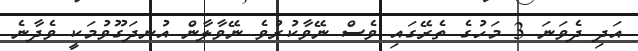
އަދި ދެވަނަ 3 މަހުގެ ތެރޭގައި ވެސް ނޭވާކުރުވެ ނޭވާލާން އުނދަގޫވުމަކީ ވެދާނެ